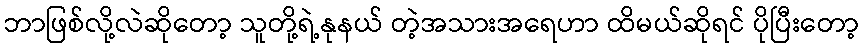
ဘာဖြစ်လို့လဲဆိုတော့ သူတို့ရဲ့နုနယ် တဲ့အသားအရေဟာ ထိမယ်ဆိုရင် ပိုပြီးတော့